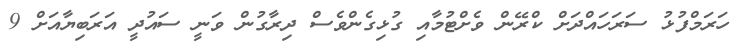
ހަރަމްފުޅު ސަރަހައްދަށް ކްރޭން ވެށްޓުމާއި ގުޅިގެންވެސް ދިރާގުން ވަނީ ސައުދީ އަރަބިޔާއަށް 9